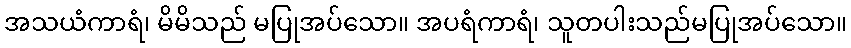
အသယံကာရံ၊ မိမိသည် မပြုအပ်သော။ အပရံကာရံ၊ သူတပါးသည်မပြုအပ်သော။